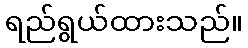
ရည်ရွယ်ထားသည်။